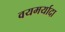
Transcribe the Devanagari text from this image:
वयमर्यादा